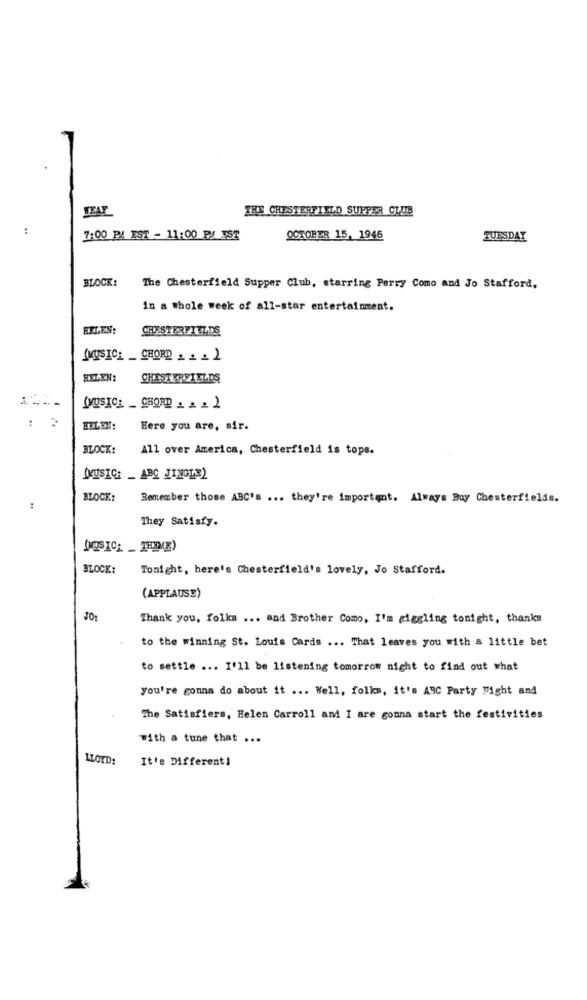
THE CHESTERFIELD SUPPER CLUB
:
7:00 PM IST - 11:00 P/ IST
OCTOBER 15, 1946
TUESDAY
BLOCK:
The Chesterfield Supper Club, starring Perry Como and Jo Stafford,
in a whole week of all-star entertainment.
ETLEN:
CHESTERFIELDS
(MUSIC_ _ CHORD _ _ _ )
HELEN:
CHESTERFIELDS
(MUSICA _CHORD . . . )
: :
Here you are, sir.
BLOCK:
All over America, Chesterfield is tops.
(MUSIC: _ ABC JINGLE)
BLOCK:
Remember those ABC's ... they're important. Always Buy Chesterfields.
:
They Satisfy.
(NOUSICH _ THE(E)
BLOCK:
Tonight, here's Chesterfield's lovely, Jo Stafford.
(APPLAUSE)
Thank you, folks ... and Brother Como, I'm giggling tonight, thanks
to the winning St. Louis Cards ... That leaves you with a little bet
to settle ... I'll be listening tomorrow night to find out what
you're gonna do about it ... Well, folks, it's ABC Party Might and
The Satisfiers, Helen Carroll and I are gonna start the festivities
with a tune that ...
LLOYD:
It's Different!